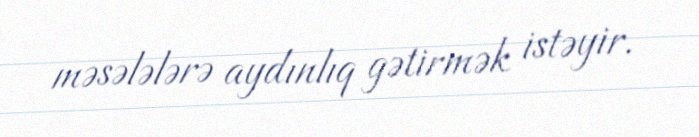
məsələlərə aydınlıq gətirmək istəyir.